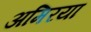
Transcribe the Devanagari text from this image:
अमिरया